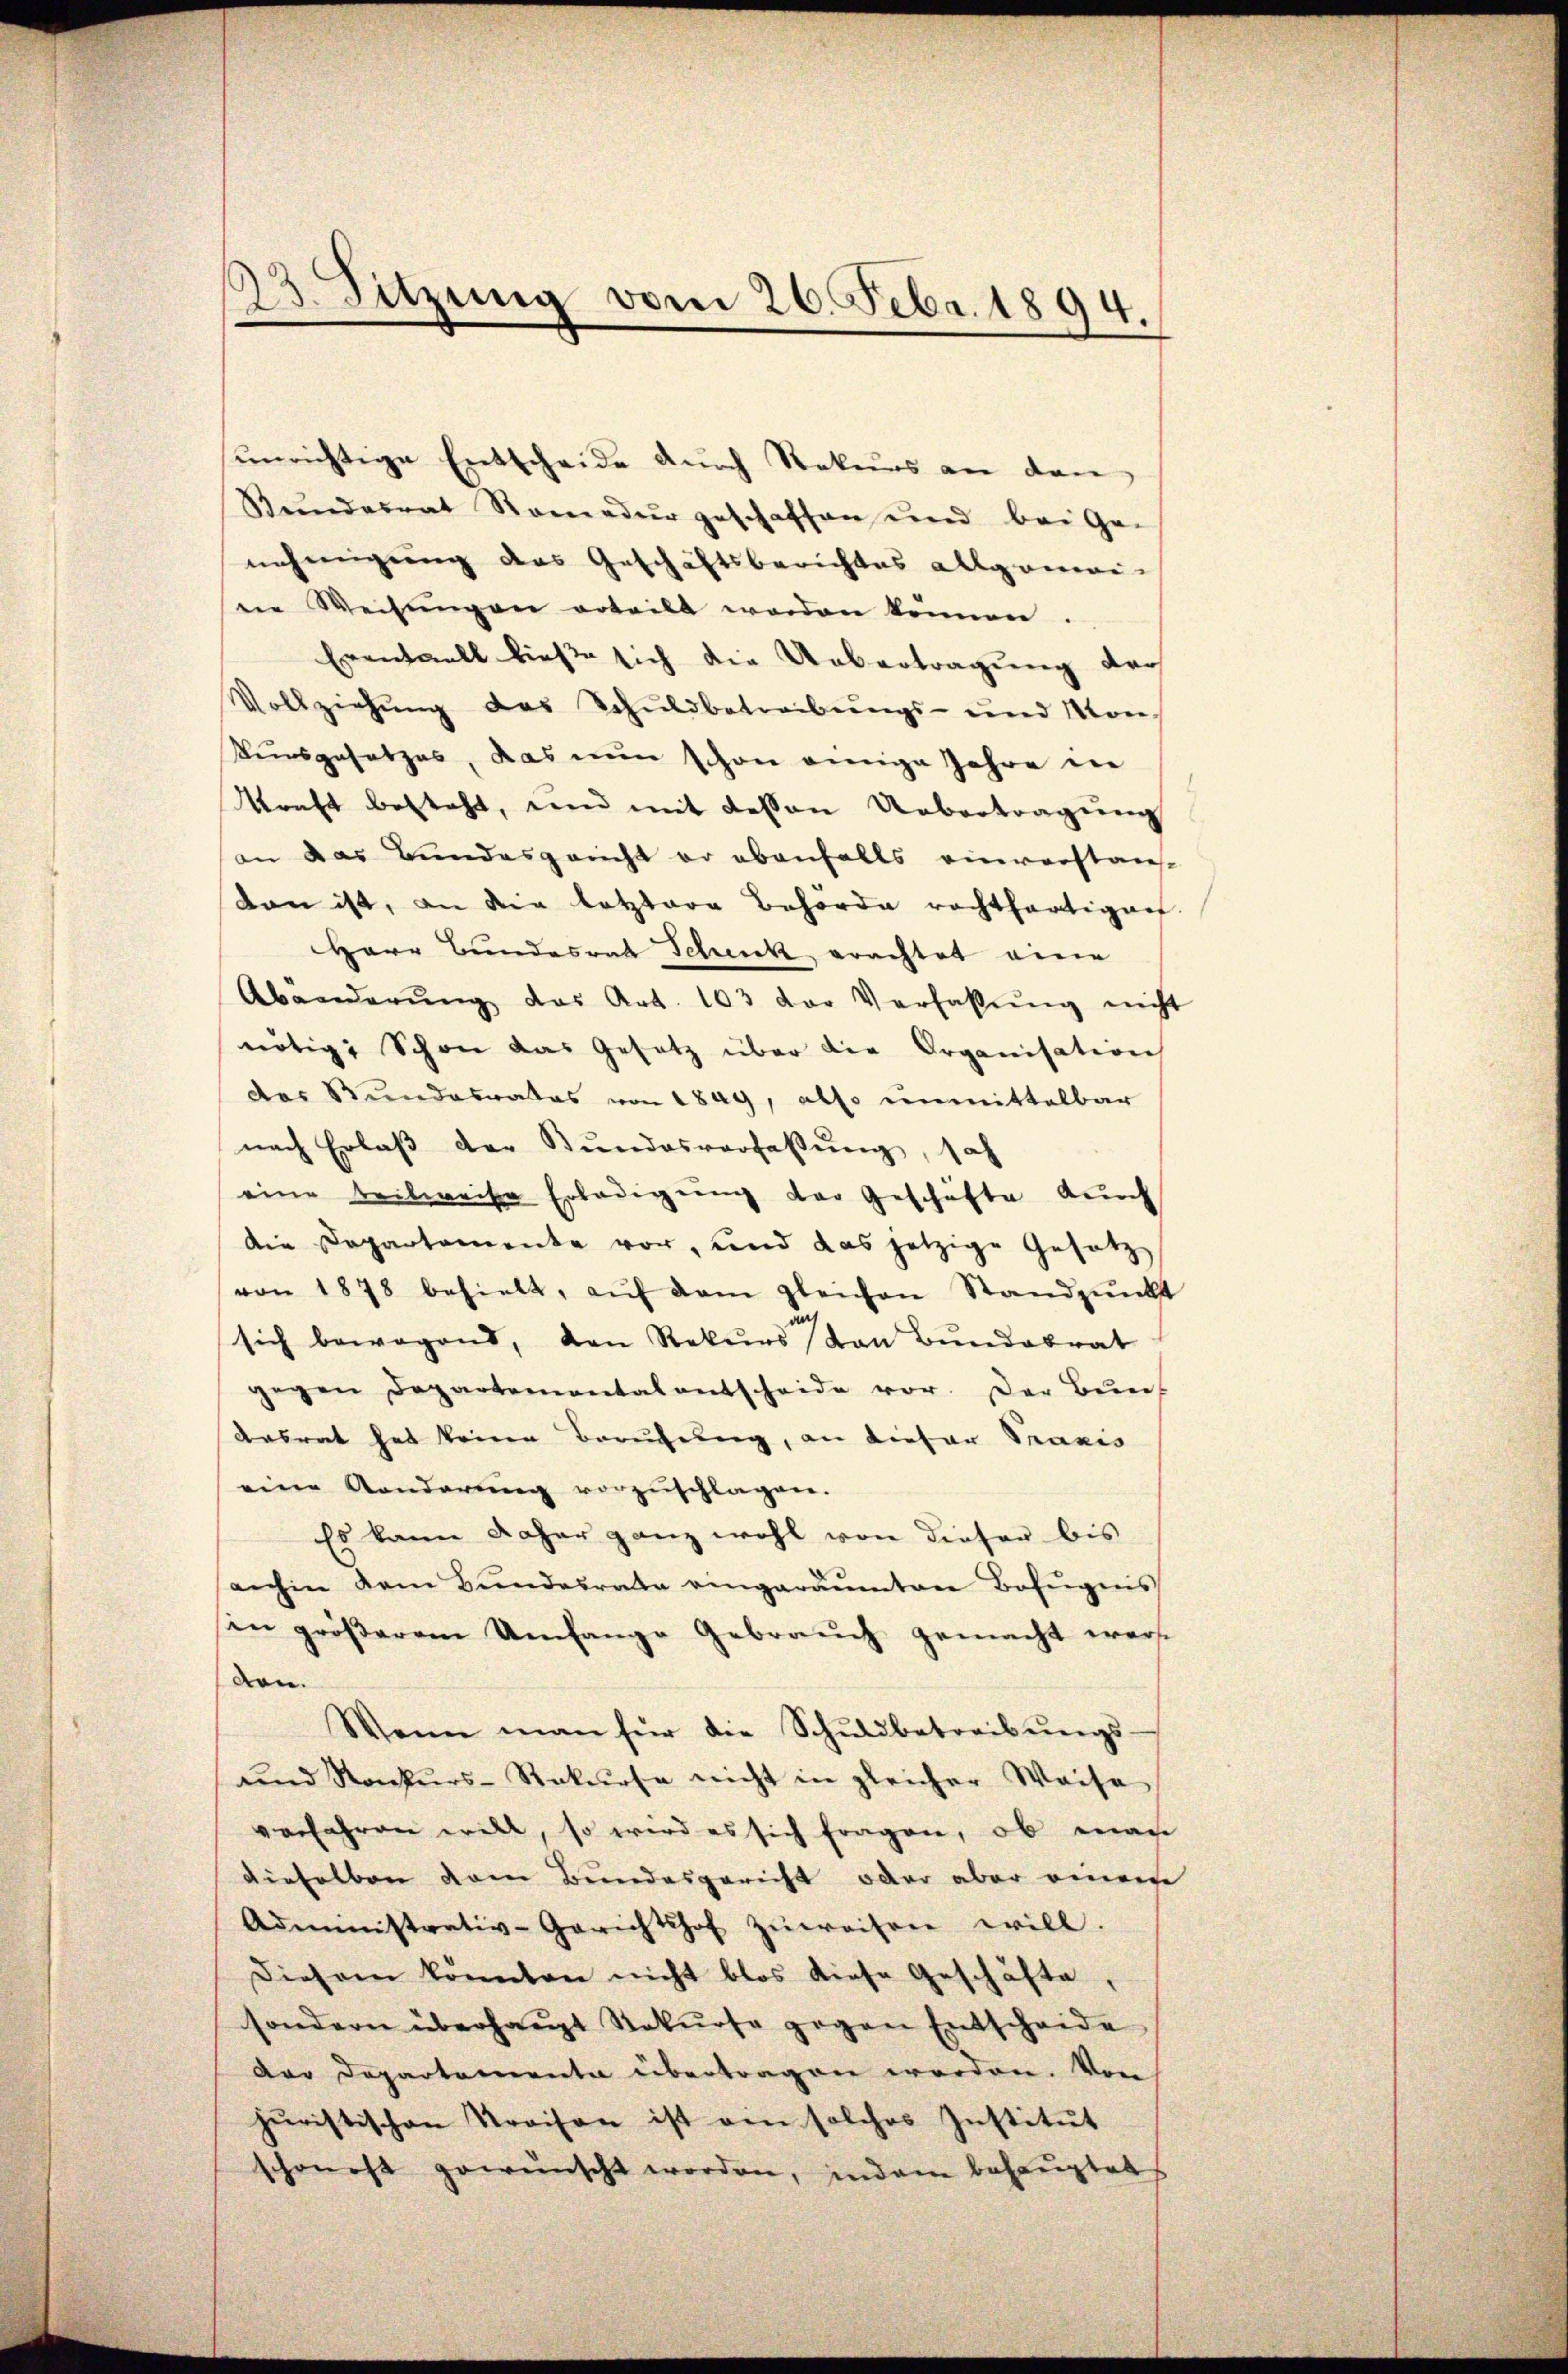
unrichtige Entscheide durch Rekurs an den
Stŭndesrat Stomedur geschaffen und bei Ge-
nehmigung das Geschäftsberichtes allgemei-
ne Weisŭngen erteilt worden können.
Eventuell ließe sich die Uebertragung der
Vollziehung das Schuldbetreibungs- und Mon
Weinsgesetzes, das nun schon einige Jahre die
kraft besteht, und mit dessen Uebertragung
an das Bundesgericht er ebenfalls einverstan
von ist, an die letztere Behörde rachthärtigen
Herr Bundesrat Schenk, erachtet eine
Abänderŭng das Art. 103 der Verhaltŭng nicht
nötige Schon das Gesetz über die Organisation
das Bundesrates von 1849, also unmittelbar
nach Erlaβ der Bundesverfassung, soh
eine teilweise Erledigung der Geschäfte auch
die Departemente vor, und das jetzige Gesetz
von 1878 behielt, aŭf dem gleichen Standpŭnkt
sich bewegend, den Rekurs von Bundebrat
gegen Departementalentscheide vor. Der Bun
Ansrat hat keinen Berufung, an dieser Praxis
eine Randerung vorzuschlagen.
Es kann daher ganz wohl von dieser bis
anhin dem Bŭndesrate eingeräumten Befŭgeis
in größerem Umfange Gebrauch gemacht werden.
Wenn man für die Schŭldbetreibŭngs-
ŭnd Konkurs-Rekurse nicht in gleicher Waise
vorfahren will, so wird es sich fragen, ob man
dieselben vom Bundesgericht oder aber einem
Administrativ-Gerichtshof zŭweisen will.
diesem könnten nicht blos diese Geschäfte,
sondern überhaŭpt Rekurse gegen Entscheide
der Departementa übertragen worden. Von
jŭristischen Kraison ist am solches Institŭt
schon oft gewünscht worden, indem behauptet

23. Sitzung vom 26. Febr. 1894.